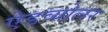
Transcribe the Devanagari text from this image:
ऐडव्योलर